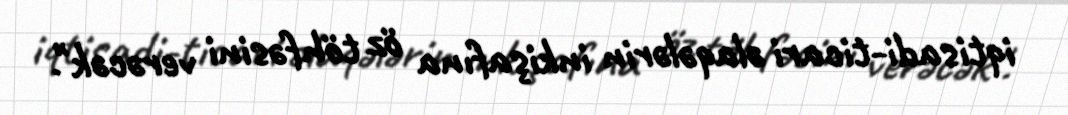
iqtisadi-ticari əlaqələrin inkişafına öz töhfəsini verəcək".